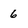
Character: 6